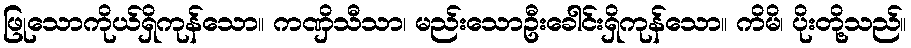
ဖြုသောကိုယ်ရှိကုန်သော။ ကဏှိသီသာ၊ မည်းသောဦးခေါင်းရှိကုန်သော။ ကိမိ၊ ပိုးတို့သည်။